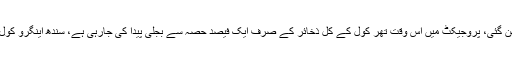
2014 میں پروجیکٹ کو سی پیک کا حصہ بنایا گیا اور چائنہ مشینری انجنیئرنگ کمپنی بھی پروجیکٹ کا حصہ بن گئی، پروجیکٹ میں اس وقت تھر کول کے کل ذخائر کے صرف ایک فیصد حصہ سے بجلی پیدا کی جارہی ہے، سندھ اینگرو کول مائننگ کمپنی کی جانب سے جون 2019 تک 660 میگاواٹ بجلی نیشنل گرڈ میں شامل کرنے اعلان کیا گیا ہے۔